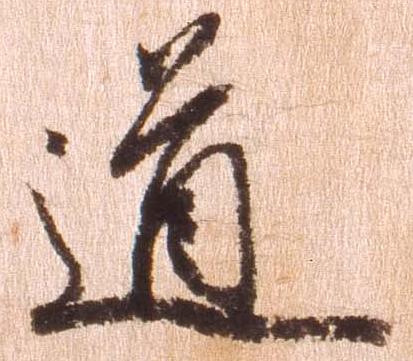
道